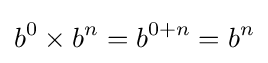
b^{0}\times b^{n}=b^{0+n}=b^{n}